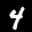
Label: 4